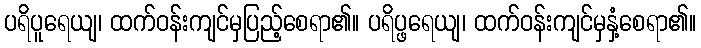
ပရိပူရေယျ၊ ထက်ဝန်းကျင်မှပြည့်စေရာ၏။ ပရိပ္ဖရေယျ၊ ထက်ဝန်းကျင်မှနှံ့စေရာ၏။